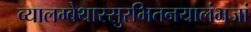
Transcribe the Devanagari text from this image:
व्यालम्बेथास्सुरभितनयालंभजां